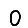
Digit: 0